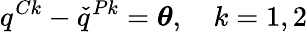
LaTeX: q^{Ck}-\check{q}^{Pk}=\boldsymbol{\theta},\quad k=1,2